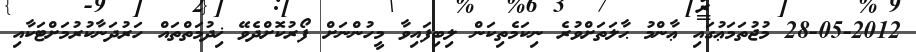
28-05-2012 މުޖުތަމަޢުގައި ޢާންމު ޙާލަތަށްވުރެ ނިކަމެތިކަން ލިބިފައިވާ މީހުންނަށް ފޯރުކޮށްދެވޭ ޚިދުމަތްތައް ހަރުދަނާކުރުމަށްޓަކާއި